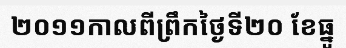
២០១១កាលពីព្រឹកថ្ងៃទី២០ ខែធ្នូ